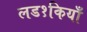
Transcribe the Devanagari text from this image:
लड१कियाँ